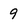
Character: 9